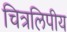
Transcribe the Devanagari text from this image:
चित्रलिपीय